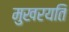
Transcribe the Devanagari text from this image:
मुखरयति